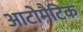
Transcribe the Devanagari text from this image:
आटोमैटिक